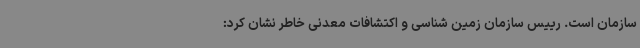
سازمان است. رییس سازمان زمین شناسی و اکتشافات معدنی خاطر نشان کرد: